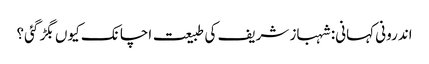
اندرونی کہانی: شہباز شریف کی طبیعت اچانک کیوں بگڑ گئی؟